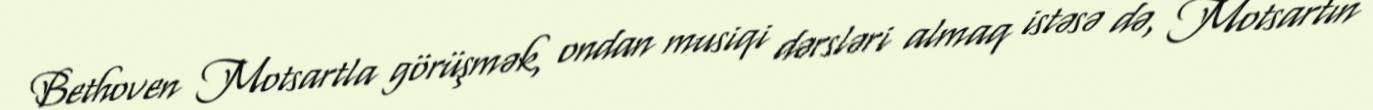
Bethoven Motsartla görüşmək, ondan musiqi dərsləri almaq istəsə də, Motsartın